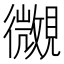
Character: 𧢒